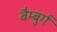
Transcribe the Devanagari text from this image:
बैम्बुर्ग